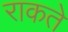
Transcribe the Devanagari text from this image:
राकते